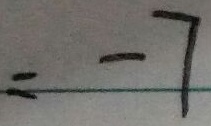
= - 7